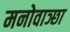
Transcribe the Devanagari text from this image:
मनोवाञ्छा